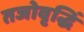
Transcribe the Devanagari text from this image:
तजोवृद्धिं